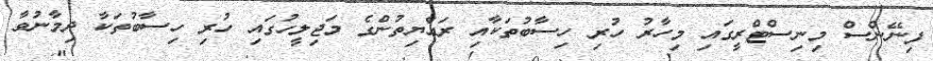
ފިނޭންސް މިނިސްޓްރީގައި މިހާރު ހުރި ހިސާބުތަކާއި ރައްޔިތުންގެ މަޖިލީހުގައި ހުރި ހިސާބުތަކާ ދިމާނުވާ